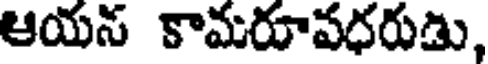
ఆయన కామరూవధరుడు,